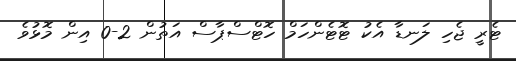
ޓެރީ ޖެހި ލަނޑާ އެކު ޓޮޓެންހަމް ހޮޓްސްޕާސް އަތުން 2-0 އިން މޮޅުވެ